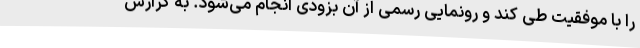
را با موفقیت طی کند و رونمایی رسمی از آن بزودی انجام می‌شود. ‌به گزارش